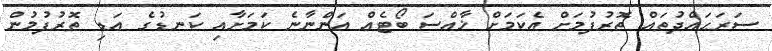
ސަރަޙައްދުތައް ތޮރުފުމަށް އެކަމަށް ޚާއްސަ ބޯޓެއް އަންނާނެ ކަމަށާއި ކަނޑުގެ އަޑި ތޮރުފުމުން